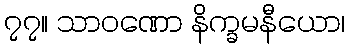
၇၇။ သာဝဏော နိက္ခမနီယော၊